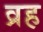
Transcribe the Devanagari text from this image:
व्रह